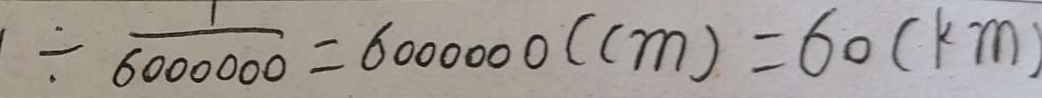
\div \frac { 1 } { 6 0 0 0 0 0 0 } = 6 0 0 0 0 0 0 ( c m ) = 6 0 ( k m )